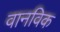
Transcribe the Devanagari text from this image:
वानविक